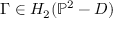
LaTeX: \Gamma \in H _ { 2 } ( \mathbb { P } ^ { 2 } - D )